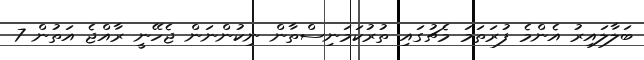
ބަލާލައިރު އެންމެ ފުރަތަމަ މެޗުގައި ތުރުކަމަނިސްތާން ނިކުންނަން ޖެހޭނީ ރާއްޖެ އަތުން 7